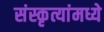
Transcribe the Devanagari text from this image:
संस्कृत्यांमध्ये